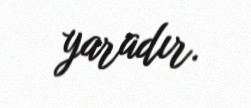
yaradır.